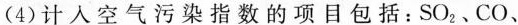
(4)计入空气污染指数的项目包括：SO_{2}、CO、